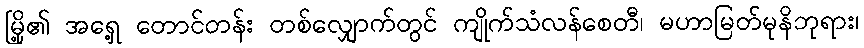
မြို့၏ အရှေ့ တောင်တန်း တစ်လျှောက်တွင် ကျိုက်သံလန်စေတီ၊ မဟာမြတ်မုနိဘုရား၊